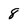
Character: 8